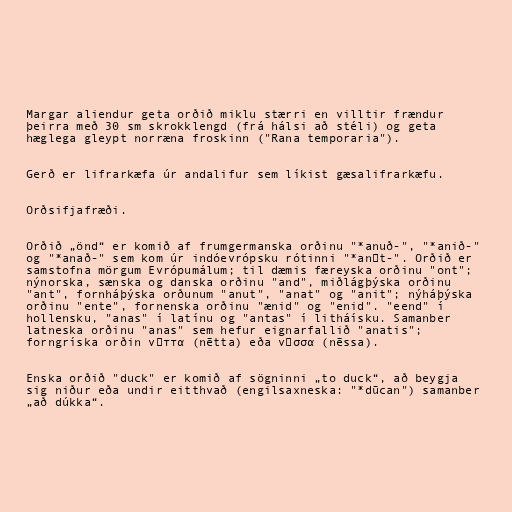
Margar aliendur geta orðið miklu stærri en villtir frændur
þeirra með 30 sm skrokklengd (frá hálsi að stéli) og geta
hæglega gleypt norræna froskinn ("Rana temporaria").

Gerð er lifrarkæfa úr andalifur sem líkist gæsalifrarkæfu.

Orðsifjafræði.

Orðið „önd“ er komið af frumgermanska orðinu "*anuð-", "*anið-"
og "*anað-" sem kom úr indóevrópsku rótinni "*anǝt-". Orðið er
samstofna mörgum Evrópumálum; til dæmis færeyska orðinu "ont";
nýnorska, sænska og danska orðinu "and", miðlágþýska orðinu
"ant", fornháþýska orðunum "anut", "anat" og "anit"; nýháþýska
orðinu "ente", fornenska orðinu "ænid" og "enid". "eend" í
hollensku, "anas" í latínu og "antas" í litháísku. Samanber
latneska orðinu "anas" sem hefur eignarfallið "anatis";
forngríska orðin νῆττα (nētta) eða νῆσσα (nēssa).

Enska orðið "duck" er komið af sögninni „to duck“, að beygja
sig niður eða undir eitthvað (engilsaxneska: "*dūcan") samanber
„að dúkka“.